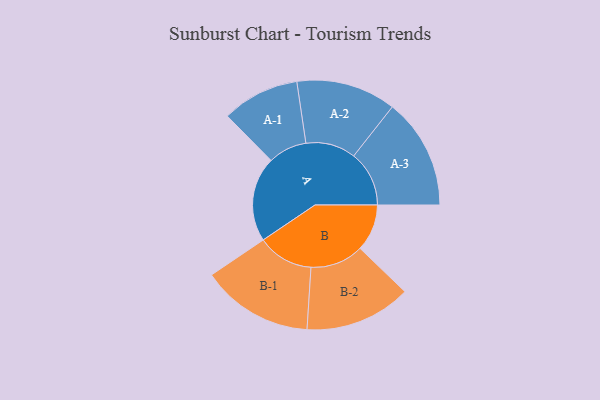
{"axis": {"x": "Segment", "y": "Value"}, "legend": ["", "A", "B"], "data": [{"x": "A", "y": 434, "type": ""}, {"x": "B", "y": 240, "type": ""}, {"x": "A-1", "y": 198, "type": "A"}, {"x": "A-2", "y": 255, "type": "A"}, {"x": "A-3", "y": 283, "type": "A"}, {"x": "B-1", "y": 286, "type": "B"}, {"x": "B-2", "y": 272, "type": "B"}]}